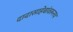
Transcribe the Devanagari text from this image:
दादासाहेबांवरूनच